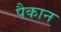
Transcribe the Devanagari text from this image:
पैकान